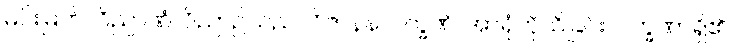
မင်းမြတ်။ ဝိညာဏံ၊ ဝိညာဉ်သည်။ ဝိဇာနနလက္ခဏံ၊ အာရုံကိုသိခြင်းလက္ခဏာရှိ၏။